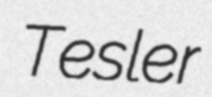
Tesler